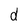
Character: d